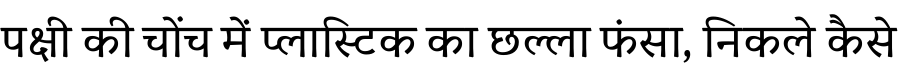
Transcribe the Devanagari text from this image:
पक्षी की चोंच में प्लास्टिक का छल्ला फंसा, निकले कैसे